King Institute of Preventive Medicine Micro-Biological Section reports 1909-11
Year: 1909
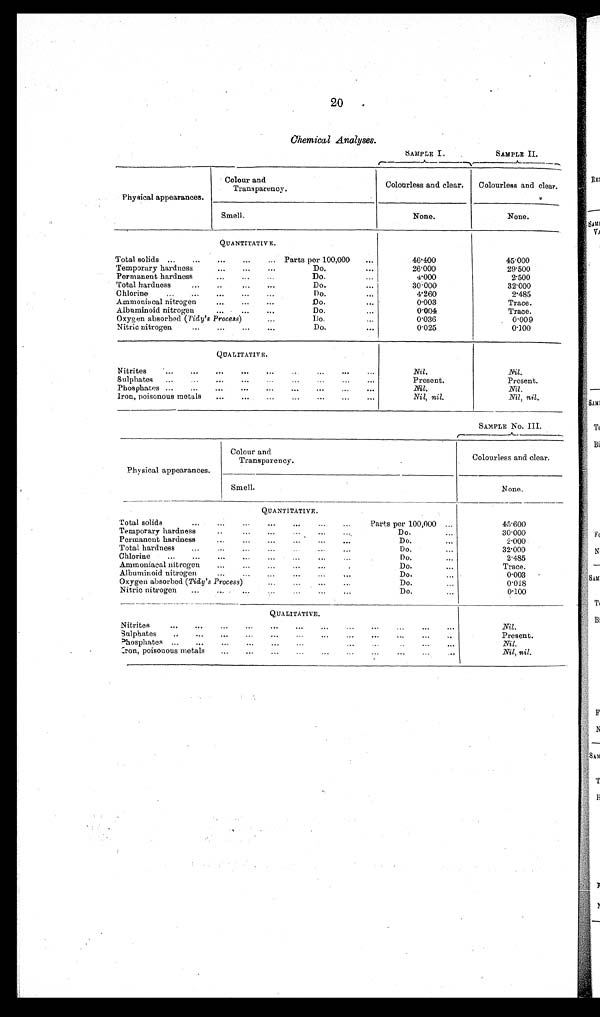
20
Chemical Analyses.
SAMPLE I.
SAMPLE I I .
Physical appearances.
Colour and
Transparency.
Colourless and clear.
Colourless and clear .
Smell.
None.
None.
QUANTITATIVE
.
Total solids ...
...
...
. . . Parts per 100,000
. . .
46.400
45.000
Temporary hardness
...
...
. . .
Do. ...
26.000
29.500
Permanent hardness
...
. . .
Do. ...
4.000
2.500
Total hardness
...
. . .
. . .
. . .
Do.
...
30.000
32.000
Chlorine
...
...
...
...
. . .
Do. ...
4.260
2.485
Ammonia cal nitrogen
...
...
. . .
Do. . . .
0.003
Trace.
Albuminoid nitrogen
...
. . .
. . .
. . .
Do. . . .
0.004
Trace.
Oxygen absorbed ( Tidy's Process) ...
Do. ...
0.036
0.009
Nitric nitrogen
...
...
...
. . .
Do. ...
0.025
0.100
QUA
L I T A T I V E
Nitrites
...
...
...
...
...
...
. . .
Nil.
Nil.
Sulphates ...
...
...
...
...
...
...
. . .
Present,
Present.
Phosphates ...
...
...
...
...
...
...
...
. . .
Nil.
Nil.
Iron, poisonous metals
...
...
...
...
...
...
. . .
Nil, nil.
Nil, nil.
SAMPLE No. III.
Physical appearances.
Colour and
Transparency.
Colourless and clear,
Smell.
N o n e .
Q U A N T I T A T I V E .
Total solids
...
...
...
. . .
Parts per 100,000
. . .
45.600
Temporary hardness
... ...
Do. . . .
30.000
Permanent hardness...
...
...
...
. . .
Do. . . ,
2.000
Total hardness
......
...
...
Do. . . ,
32.000
Chlorine
...
...
...
...
...
...
...
...
Do. . . .
2.485
Ammoniacal nitrogen
...
...
. . . . . . .
Do. . . .
T r a c e .
Albuminoid nitrogen
. . .
. . .
Do. . . .
0 . 0 0 3
Oxygen absorbed (Tidy's Process)...
...
Do. . . .
0.018
Nitric nitrogen
...
... ...
...
Do. . . .
0.100
QUALITATIVE.
N i t r i t e s
. . .
. . .
. . .
. . .
. . .
. . .
. . .
. . .
. . .
Nil.
Sulphates
...
...
...
...
...
Present.
Phosphates ...
...
...
...
...
...
. . .
Nil.
Iron, poisonous metals ... ... ... ...
Nil, nil.